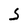
Character: S